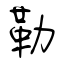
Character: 勒